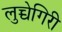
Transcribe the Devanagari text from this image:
लुच्चेगिरी